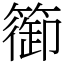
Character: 篽